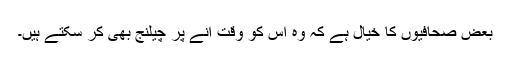
بعض صحافیوں کا خیال ہے کہ وہ اس کو وقت آنے پر چیلنج بھی کر سکتے ہیں۔